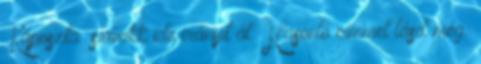
„Káposzta” szócikk ide irányít át. Hasonló címmel lásd még: